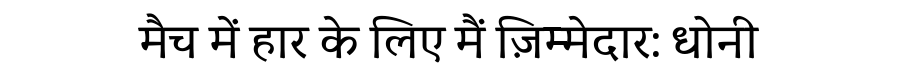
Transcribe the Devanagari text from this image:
मैच में हार के लिए मैं ज़िम्मेदार: धोनी